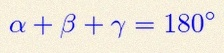
\alpha+\beta+\gamma=180^\circ